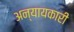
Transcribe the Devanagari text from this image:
अन्यायकारी